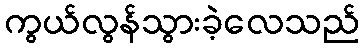
ကွယ်လွန်သွားခဲ့လေသည်